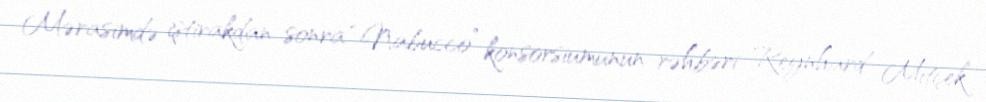
Mərasimdə iştirakdan sonra “Nabucco” konsorsiumunun rəhbəri Reynhard Mitçek